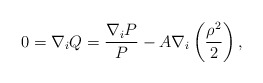
\begin{align*}0=\nabla_{i}Q=\frac{\nabla_{i}P}{P}-A\nabla_{i}\left(\frac{\rho^{2}}{2}\right),\end{align*}